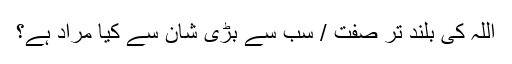
اللہ کی بلند تر صفت / سب سے بڑی شان سے کیا مراد ہے؟